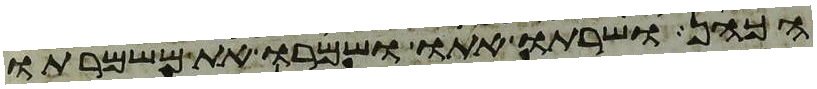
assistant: הכהן ושרתו אתו ושמרו את משמרתו